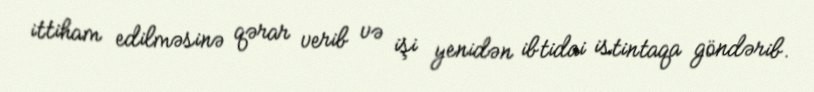
ittiham edilməsinə qərar verib və işi yenidən ibtidai istintaqa göndərib.